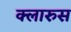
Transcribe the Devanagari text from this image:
क्लारुस